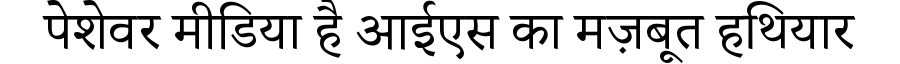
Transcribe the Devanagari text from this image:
पेशेवर मीडिया है आईएस का मज़बूत हथियार